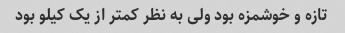
تازه و خوشمزه بود ولی به نظر کمتر از یک کیلو بود